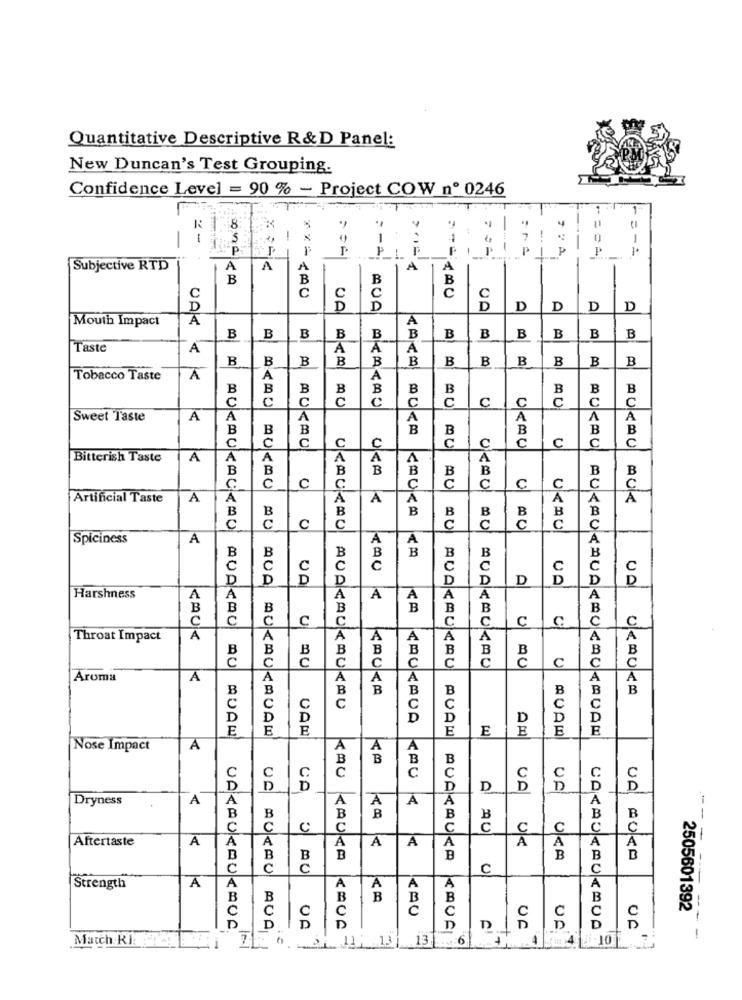
Quantitative Descriptive R& D Panel:
New Duncan's Test Grouping.
Confidence Level = 90 % - Project COW nº 0246
-
8
-
5
!
1
7
!
"P
P
-
P
P
P
Subjective RTD
A
A
A
A
---
B
c
**= 100
UA
AUA
D
D
D
D
Mouth Impact
A
B
B
B
B
B
B
B
B
B
B
B
B
Taste
A
A
OAK <
B
B
B
B
B
B
B
B
B
B
B
B
Tobacco Taste
A
A
A
B
B
B
B
C
B
C
0
Sweet Taste
A
A
A
B
B
MUKA
B
C
C
OKRU
U
C
AUXAU
Bitterish Taste
A
A
B
B
UKA
AUKRU
0
AU
OKAU
0
Artificial Taste
A
A
A
AUK
KAUKA
C
UKAUKAU
UKAU
Spiciness
A
A
B
B
B
B
c
C
C
RUA
UA
D
D
Harshness
A
A
A
B
B
C
0
Throat Impact
JACK
0
B
B
B
MUAKAUKAU
AU
Aroma
K
KAUKA
B
UKAUKA
CAUKAUA
AUKAUKAUAM
UAN
E
E
QUAL
Nose Impact
A
A
KAU
CA
UA
UF
Dryness
A
A
A AU
Aftertaste
A
A
A
UK
- -
KAUKA
RUAKAUKA
OKA
VAL AUKA
0 AU
0
AUKAU
A
Strength
A
B
KAU
C
2505601392
VAKAUKAUKAUR
AUA
UA
CAUA
D
UF
CARAUKAUKAUA
UF
Match RI
.. 13 ]
-- -